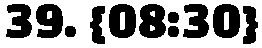
39. {08:30}